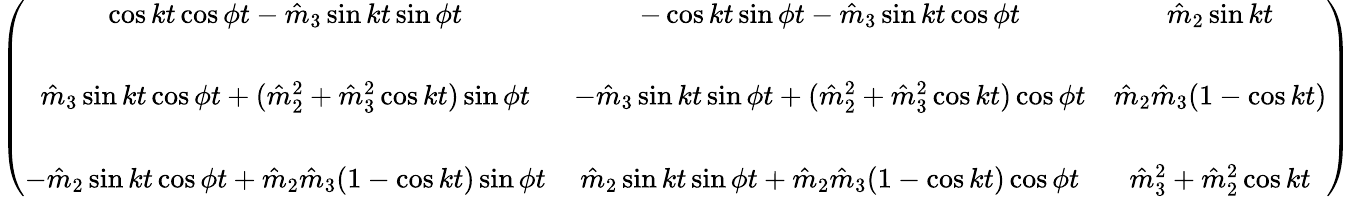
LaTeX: \begin{array}{r}{\left(\begin{array}{ccc}{\cos kt\cos\phi t-\hat{m}_{3}\sin kt\sin\phi t}&{-\cos kt\sin\phi t-\hat{m}_{3}\sin kt\cos\phi t}&{\hat{m}_{2}\sin kt}\\ {}&{}&{}\\ {\hat{m}_{3}\sin kt\cos\phi t+(\hat{m}_{2}^{2}+\hat{m}_{3}^{2}\cos kt)\sin\phi t}&{-\hat{m}_{3}\sin kt\sin\phi t+(\hat{m}_{2}^{2}+\hat{m}_{3}^{2}\cos kt)\cos\phi t}&{\hat{m}_{2}\hat{m}_{3}(1-\cos kt)}\\ {}&{}&{}\\ {-\hat{m}_{2}\sin kt\cos\phi t+\hat{m}_{2}\hat{m}_{3}(1-\cos kt)\sin\phi t}&{\hat{m}_{2}\sin kt\sin\phi t+\hat{m}_{2}\hat{m}_{3}(1-\cos kt)\cos\phi t}&{\hat{m}_{3}^{2}+\hat{m}_{2}^{2}\cos kt}\end{array}\right)}\end{array}